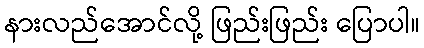
နားလည်အောင်လို့ ဖြည်းဖြည်း ပြောပါ။